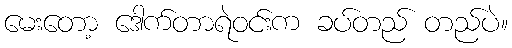
မေးတော့ ဒေါက်တာရဲဝင်းက ခပ်တည် တည်ပဲ။